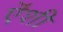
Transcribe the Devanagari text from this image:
ऎंशी